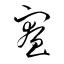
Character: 寮